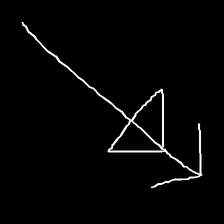
Glyph: pull